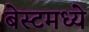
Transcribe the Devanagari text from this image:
बेस्टमध्ये